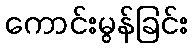
ကောင်းမွန်ခြင်း